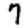
Digit: 7